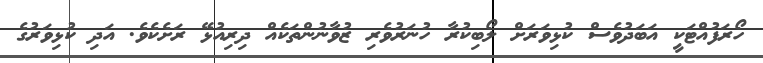
ހޯރަފުއްޓަކީ އަބަދުވެސް ކުޅިވަރަށް ލޯބިކުރާ ހުނަރުވެރި ޒުވާނުންތަކެއް ދިރިއުޅޭ ރަށެކެވެ. އަދި ކުޅިވަރުގެ